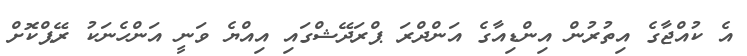
އެ ކުއްޖާގެ އިތުރުން އިންޑިއާގެ އަންދްރަ ޕްރަދޭޝްގައި އިއްޔެ ވަނީ އަންހެނަކު ރޭޕްކޮށް